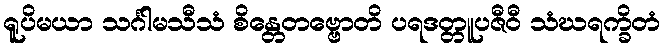
ရူပိမယာ သင်္ဂါမသီသံ စိန္တေတဗ္ဗောတိ ပရဒတ္တူပဇီဝီ သံဃရက္ခိတံ